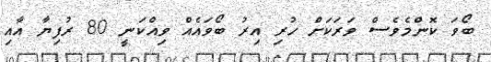
ބޯވަ ކޮންމެވެސް ވަރަކަށް ހުރި އިރު ބޯވައެއް ވިއްކަނީ 80 ރުފިޔާ އާއި